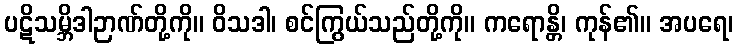
ပဋိသမ္ဘိဒါဉာဏ်တို့ကို။ ဝိသဒါ၊ စင်ကြွယ်သည်တို့ကို။ ကရောန္တိ၊ ကုန်၏။ အပရေ၊